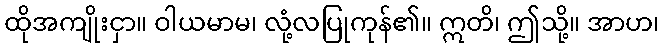
ထိုအကျိုးငှာ။ ဝါယမာမ၊ လုံ့လပြုကုန်၏။ ဣတိ၊ ဤသို့။ အာဟ၊